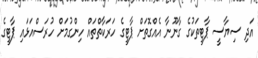
އަދި ސިޔާސީ ޕާޓީތަކުގެ ގާނޫނާ އެއްގޮތަށް ޕާޓީގެ ހަރަކާތްތައް ހިންގުމަށް ހުރަސްއަޅައި ޕާޓީގެ